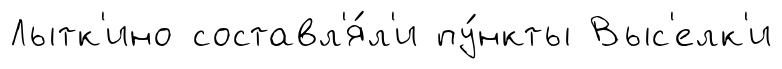
Лытк'ино составл'я́л'и пу́нкты Выс'елк'и